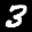
Label: 3